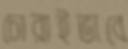
চোরাইভাবে